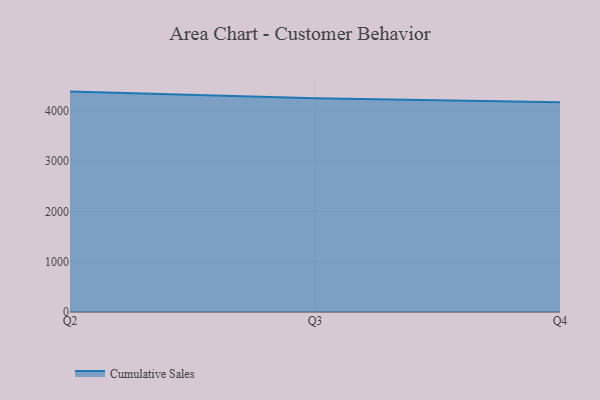
{"axis": {"x": "Quarter", "y": "Customer Acquisition Cost (USD)"}, "legend": ["Cumulative Sales"], "data": [{"x": "Q2", "y": 4386.3, "type": "Cumulative Sales"}, {"x": "Q3", "y": 4254.7, "type": "Cumulative Sales"}, {"x": "Q4", "y": 4173.4, "type": "Cumulative Sales"}]}